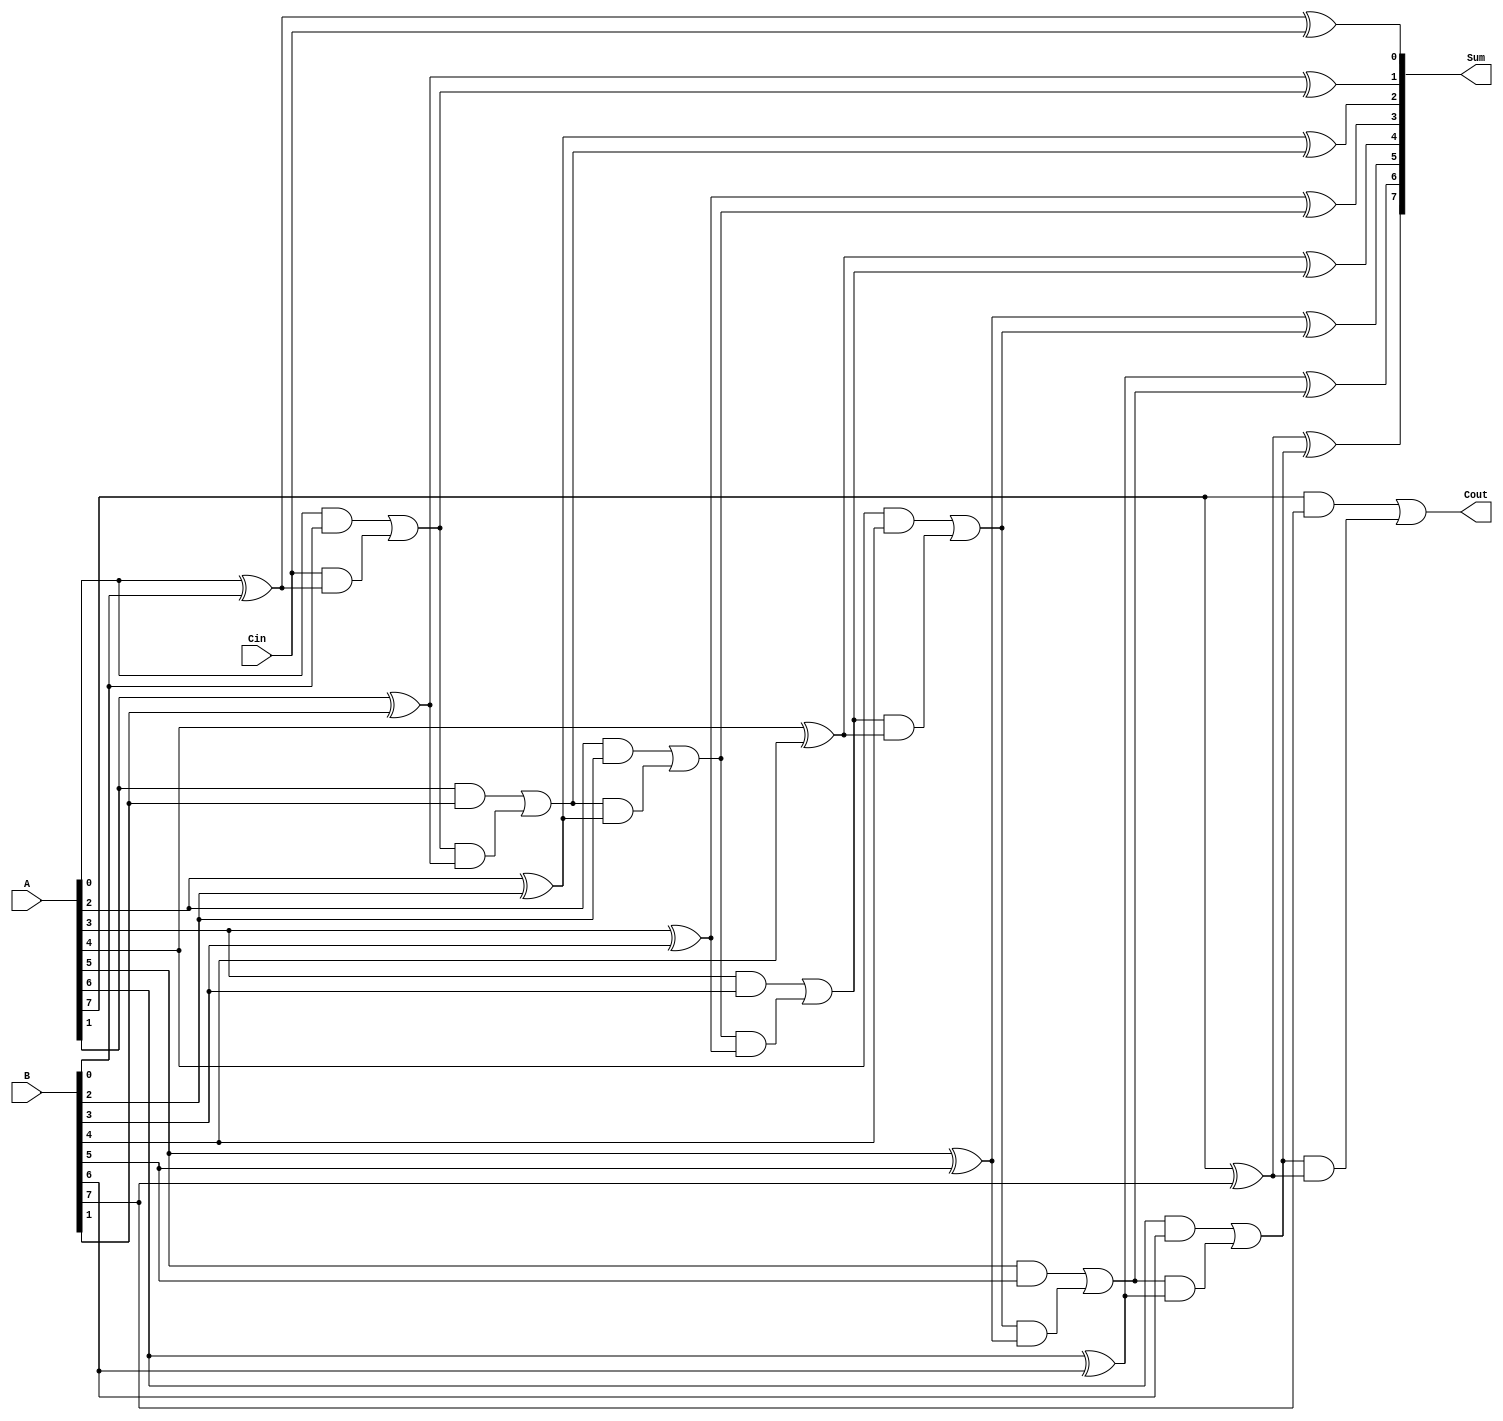
module Manchester_Carry_Chain_Adder #(parameter N = 8) (
    input  wire [N-1:0] A,        // First n-bit input
    input  wire [N-1:0] B,        // Second n-bit input
    input  wire Cin,               // Carry input
    output wire [N-1:0] Sum,       // n-bit output sum
    output wire Cout               // Carry output
);

    wire [N:0] carry;             // Carry signals
   
    // Generate carry signals using Manchester Carry Chain logic
    assign carry[0] = Cin;         // Initial carry-in
    genvar i;
    generate
        for (i = 0; i < N; i = i + 1) begin : carry_gen
            // Carry generation for each bit
            assign carry[i+1] = (A[i] & B[i]) | (carry[i] & (A[i] ^ B[i]));
            // Sum calculation
            assign Sum[i] = A[i] ^ B[i] ^ carry[i];
        end
    endgenerate

    // Carry-out is the last carry generated
    assign Cout = carry[N];

endmodule